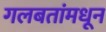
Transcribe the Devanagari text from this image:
गलबतांमधून